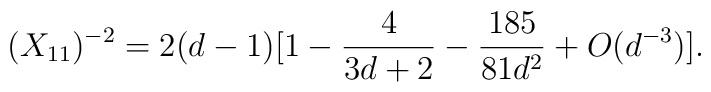
(X_{11})^{-2} = 2(d-1)[1 - \frac{4}{3d+2} - \frac{185}{81d^{2}} + O(d^{-3})].